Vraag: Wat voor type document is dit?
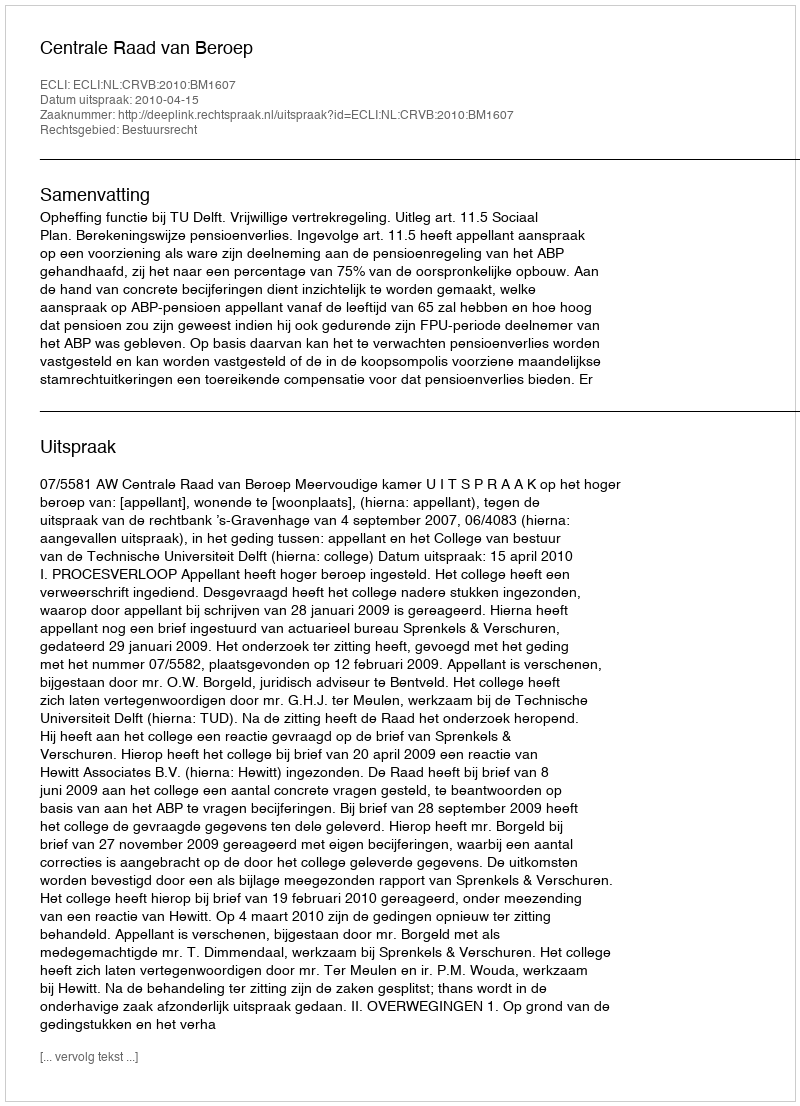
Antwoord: Uitspraak